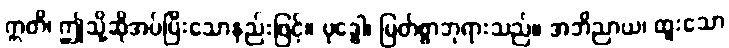
ဣတိ၊ ဤသို့ဆိုအပ်ပြီးသောနည်းဖြင့်။ ဗုဒ္ဓေါ၊ မြတ်စွာဘုရားသည်။ အဘိညာယ၊ ထူးသော